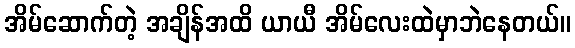
အိမ်ဆောက်တဲ့ အချိန်အထိ ယာယီ အိမ်လေးထဲမှာဘဲနေတယ်။